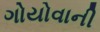
ગોયોવાની